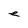
Character: e